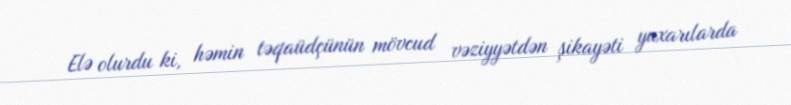
Elə olurdu ki, həmin təqaüdçünün mövcud vəziyyətdən şikayəti yuxarılarda